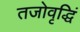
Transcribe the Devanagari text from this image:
तजोवृद्धिं